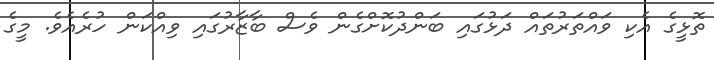
ތޮޅީގެ އެކި ވައްތަރުތައް ދަޅުގައި ބަންދުކޮށްގެން ވެސް ބާޒާރުގައި ވިއްކަން ހުރެއެވެ. މީގެ